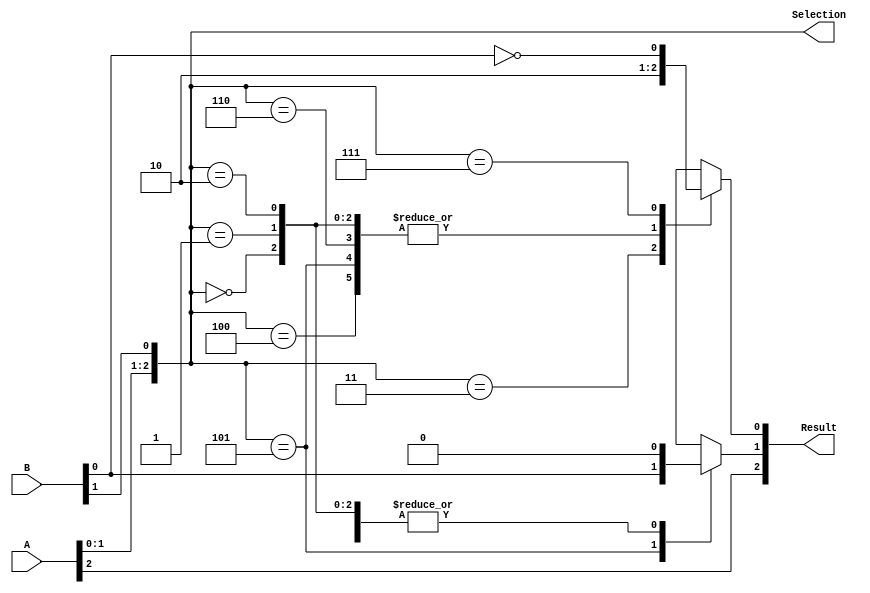
module Remainder
 (
     output reg [2:0] Result,
     output reg [2:0] Selection,
     input [2:0] A,
     input [2:0] B
 );

 assign Selection= {A[1],A[0],B[1]};
 assign Result[2] = A[2];
 always @(*)
 begin
     case (Selection)
       3'b000: Result[0] = 1'b0;
       3'b001: Result[0] = 1'b0;
       3'b010: Result[0] = 1'b0;
       3'b011: Result[0] = 1'b1;
       3'b100: Result[0] = 1'b0; 
       3'b101: Result[0] = 1'b0;
       3'b110: Result[0] = 1'b0;
       3'b111: Result[0] = ~B[0];
       default:  Result[0] = 1'b0;
     endcase
 end

 always @(*)
 begin
     case (Selection)
       3'b000: Result[1] = 1'b0;
       3'b001: Result[1] = 1'b0;
       3'b010: Result[1] = 1'b0;
       3'b011: Result[1] = 1'b0;
       3'b100: Result[1] = 1'b0;
       3'b101: Result[1] = B[0];
       3'b110: Result[1] = 1'b0;
       3'b111: Result[1] = 1'b0;
       default: Result[1] = 1'b0;
     endcase
 end

 endmodule